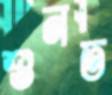
শুনত